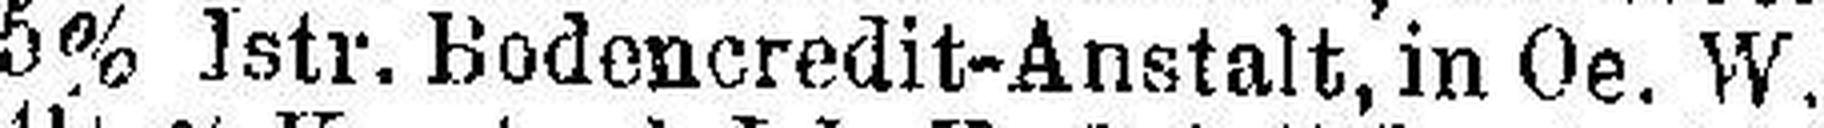
5% Istr. Bodencredit-Anstalt, in Oe. W.